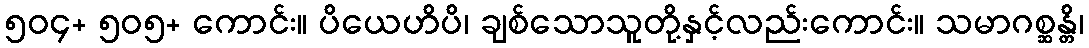
၅၀၄+ ၅၀၅+ ကောင်း။ ပိယေဟိပိ၊ ချစ်သောသူတို့နှင့်လည်းကောင်း။ သမာဂစ္ဆန္တိ၊